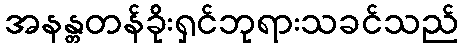
အနန္တတန်ခိုးရှင်ဘုရားသခင်သည်